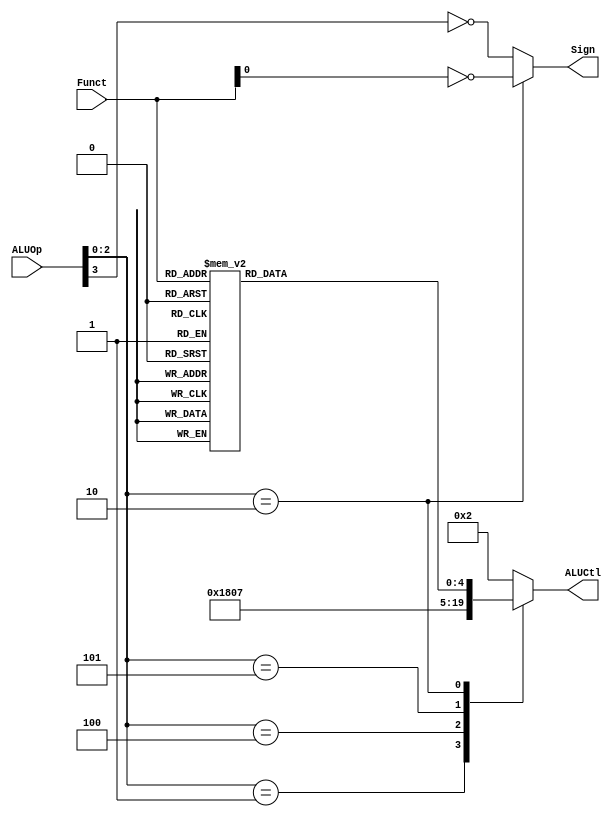
`ifndef __ALUCONTROL_V__
`define __ALUCONTROL_V__

module ALUControl (
	input wire [3:0] ALUOp,
	input wire [5:0] Funct,
	output reg [4:0] ALUCtl,
	output wire Sign
	);

	localparam aluAND = 5'b00000;
	localparam aluOR  = 5'b00001;
	localparam aluADD = 5'b00010;
	localparam aluSUB = 5'b00110;
	localparam aluSLT = 5'b00111;
	localparam aluNOR = 5'b01100;
	localparam aluXOR = 5'b01101;
	localparam aluSLL = 5'b10000;
	localparam aluSRL = 5'b11000;
	localparam aluSRA = 5'b11001;

	assign Sign = (ALUOp[2:0] == 3'b010) ? ~Funct[0] : ~ALUOp[3];

	reg [4:0] aluFunct;

	always @ (*)
	begin
		case (Funct)
			6'b00_0000: aluFunct <= aluSLL;
			6'b00_0010: aluFunct <= aluSRL;
			6'b00_0011: aluFunct <= aluSRA;
			6'b10_0000: aluFunct <= aluADD;
			6'b10_0001: aluFunct <= aluADD;
			6'b10_0010: aluFunct <= aluSUB;
			6'b10_0011: aluFunct <= aluSUB;
			6'b10_0100: aluFunct <= aluAND;
			6'b10_0101: aluFunct <= aluOR;
			6'b10_0110: aluFunct <= aluXOR;
			6'b10_0111: aluFunct <= aluNOR;
			6'b10_1010: aluFunct <= aluSLT;
			6'b10_1011: aluFunct <= aluSLT;
			default: aluFunct <= aluADD;
		endcase
	end

	always @ (*)
	begin
		case (ALUOp[2:0])
			3'b000: ALUCtl <= aluADD;
			3'b001: ALUCtl <= aluSUB;
			3'b100: ALUCtl <= aluAND;
			3'b101: ALUCtl <= aluSLT;
			3'b010: ALUCtl <= aluFunct;
			default: ALUCtl <= aluADD;
		endcase
	end

endmodule

`endif /*__ALUCONTROL_V__*/